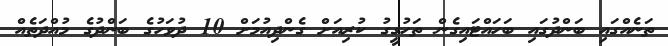
ތަނެއްގައި ބަންދުގައި ބަހައްޓައިގެން ތަހުގީގު ކުރިއަށް ގެންދިއުމަށް 10 ދުވަހުގެ ބަންދުގެ މުއްދަތެއް